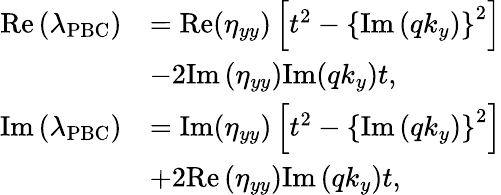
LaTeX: \begin{array}{rl}{\mathrm{Re}\left(\lambda_{\mathrm{PBC}}\right)}&{=\mathrm{Re}(\eta_{yy})\left[t^{2}-\left\{ \mathrm{Im}\left(qk_{y}\right)\right\} ^{2}\right]}\\ &{-2\mathrm{Im}\left(\eta_{yy}\right)\mathrm{Im}(qk_{y})t,}\\ {\mathrm{Im}\left(\lambda_{\mathrm{PBC}}\right)}&{=\mathrm{Im}(\eta_{yy})\left[t^{2}-\left\{ \mathrm{Im}\left(qk_{y}\right)\right\} ^{2}\right]}\\ &{+2\mathrm{Re}\left(\eta_{yy}\right)\mathrm{Im}\left(qk_{y}\right)t,}\end{array}